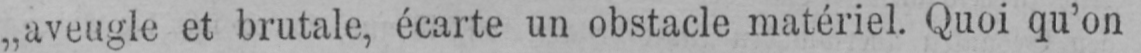
„aveugle et brutale, écarte un obstacle matériel. Quoi qu’on